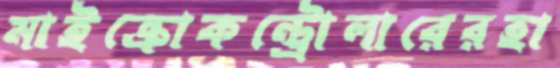
মাইক্রোকন্ট্রোলারেরহা